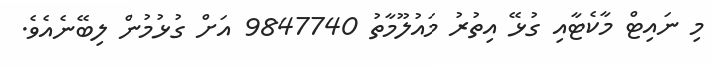
މި ނައިޓް މާކެޓާއި ގުޅޭ އިތުރު މައުލޫމާތު 9847740 އަށް ގުޅުމުން ލިބޭނެއެވެ.